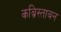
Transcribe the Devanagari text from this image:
कब्रिस्ताबन